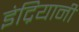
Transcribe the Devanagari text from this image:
इंद्रियानी